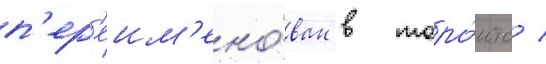
п'ер'еим'ено́ван в торо́нто /